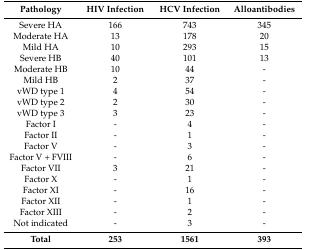
<table><thead><tr><td><b>Pathology</b></td><td><b>HIV Infection</b></td><td><b>HCV Infection</b></td><td><b>Alloantibodies</b></td></tr></thead><tbody><tr><td>Severe HA</td><td>166</td><td>743</td><td>345</td></tr><tr><td>Moderate HA</td><td>13</td><td>178</td><td>20</td></tr><tr><td>Mild HA</td><td>10</td><td>293</td><td>15</td></tr><tr><td>Severe HB</td><td>40</td><td>101</td><td>13</td></tr><tr><td>Moderate HB</td><td>10</td><td>44</td><td>-</td></tr><tr><td>Mild HB</td><td>2</td><td>37</td><td>-</td></tr><tr><td>vWD type 1</td><td>4</td><td>54</td><td>-</td></tr><tr><td>vWD type 2</td><td>2</td><td>30</td><td>-</td></tr><tr><td>vWD type 3</td><td>3</td><td>23</td><td>-</td></tr><tr><td>Factor I</td><td>-</td><td>4</td><td>-</td></tr><tr><td>Factor II</td><td>-</td><td>1</td><td>-</td></tr><tr><td>Factor V</td><td>-</td><td>3</td><td>-</td></tr><tr><td>Factor V + FVIII</td><td>-</td><td>6</td><td>-</td></tr><tr><td>Factor VII</td><td>3</td><td>21</td><td>-</td></tr><tr><td>Factor X</td><td>-</td><td>1</td><td>-</td></tr><tr><td>Factor XI</td><td>-</td><td>16</td><td>-</td></tr><tr><td>Factor XII</td><td>-</td><td>1</td><td>-</td></tr><tr><td>Factor XIII</td><td>-</td><td>2</td><td>-</td></tr><tr><td>Not indicated</td><td>-</td><td>3</td><td>-</td></tr><tr><td><b>Total</b></td><td><b>253</b></td><td><b>1561</b></td><td><b>393</b></td></tr></tbody></table>